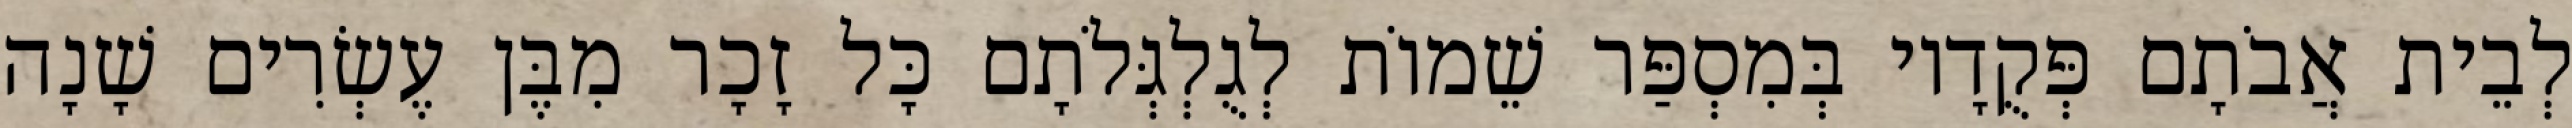
לְבֵית אֲבֹתָם פְּקֻדָיו בְּמִסְפַּר שֵׁמוֹת לְגֻלְגְּלֹתָם כָּל זָכָר מִבֶּן עֶשְׂרִים שָׁנָה